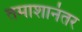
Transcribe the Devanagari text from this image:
तमाशानंतर